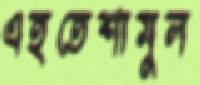
এহতেশামুল